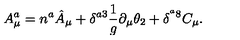
A _ { \mu } ^ { a } = n ^ { a } \hat { A } _ { \mu } + \delta ^ { a 3 } \frac { 1 } { g } \partial _ { \mu } \theta _ { 2 } + \delta ^ { ^ a 8 } C _ { \mu } .